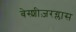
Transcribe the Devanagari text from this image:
बेस्शीज़रग्लास